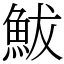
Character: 鮁